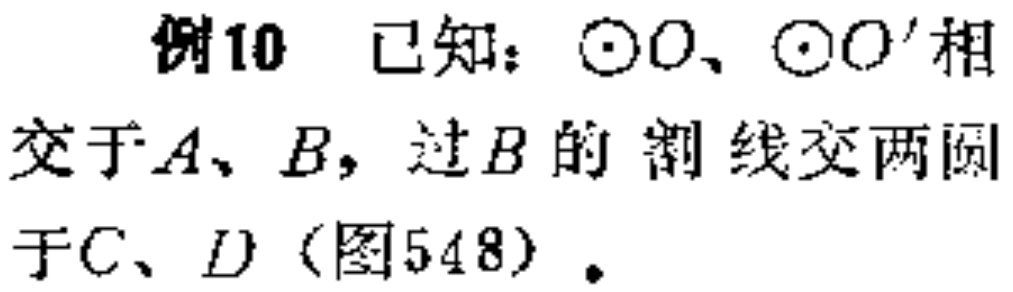
例10 已知：$\odot O$、$\odot O^{\prime}$相交于$A、B$，过$B$的割线交两圆于$C、D$（图548）.